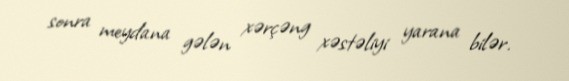
sonra meydana gələn xərçəng xəstəliyi yarana bilər.